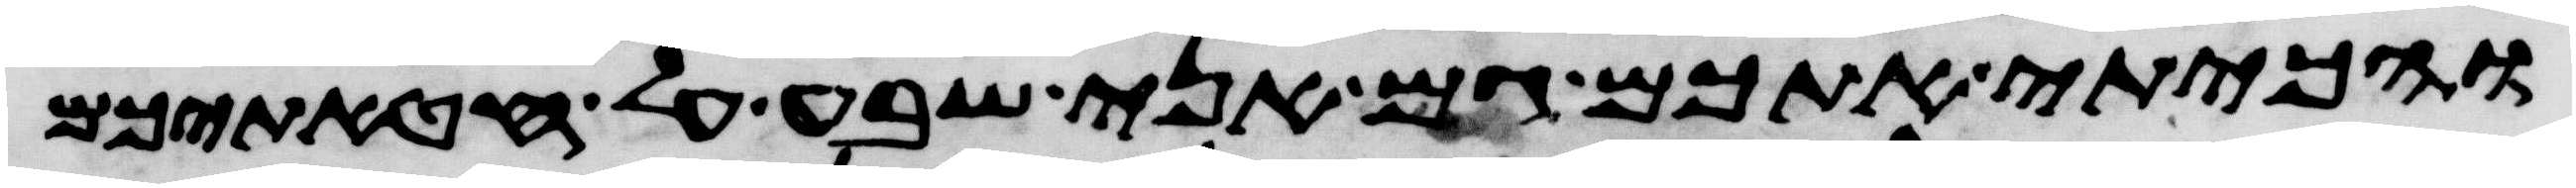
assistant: והכיתי אתכם גם אני שבע על חטאתיכם